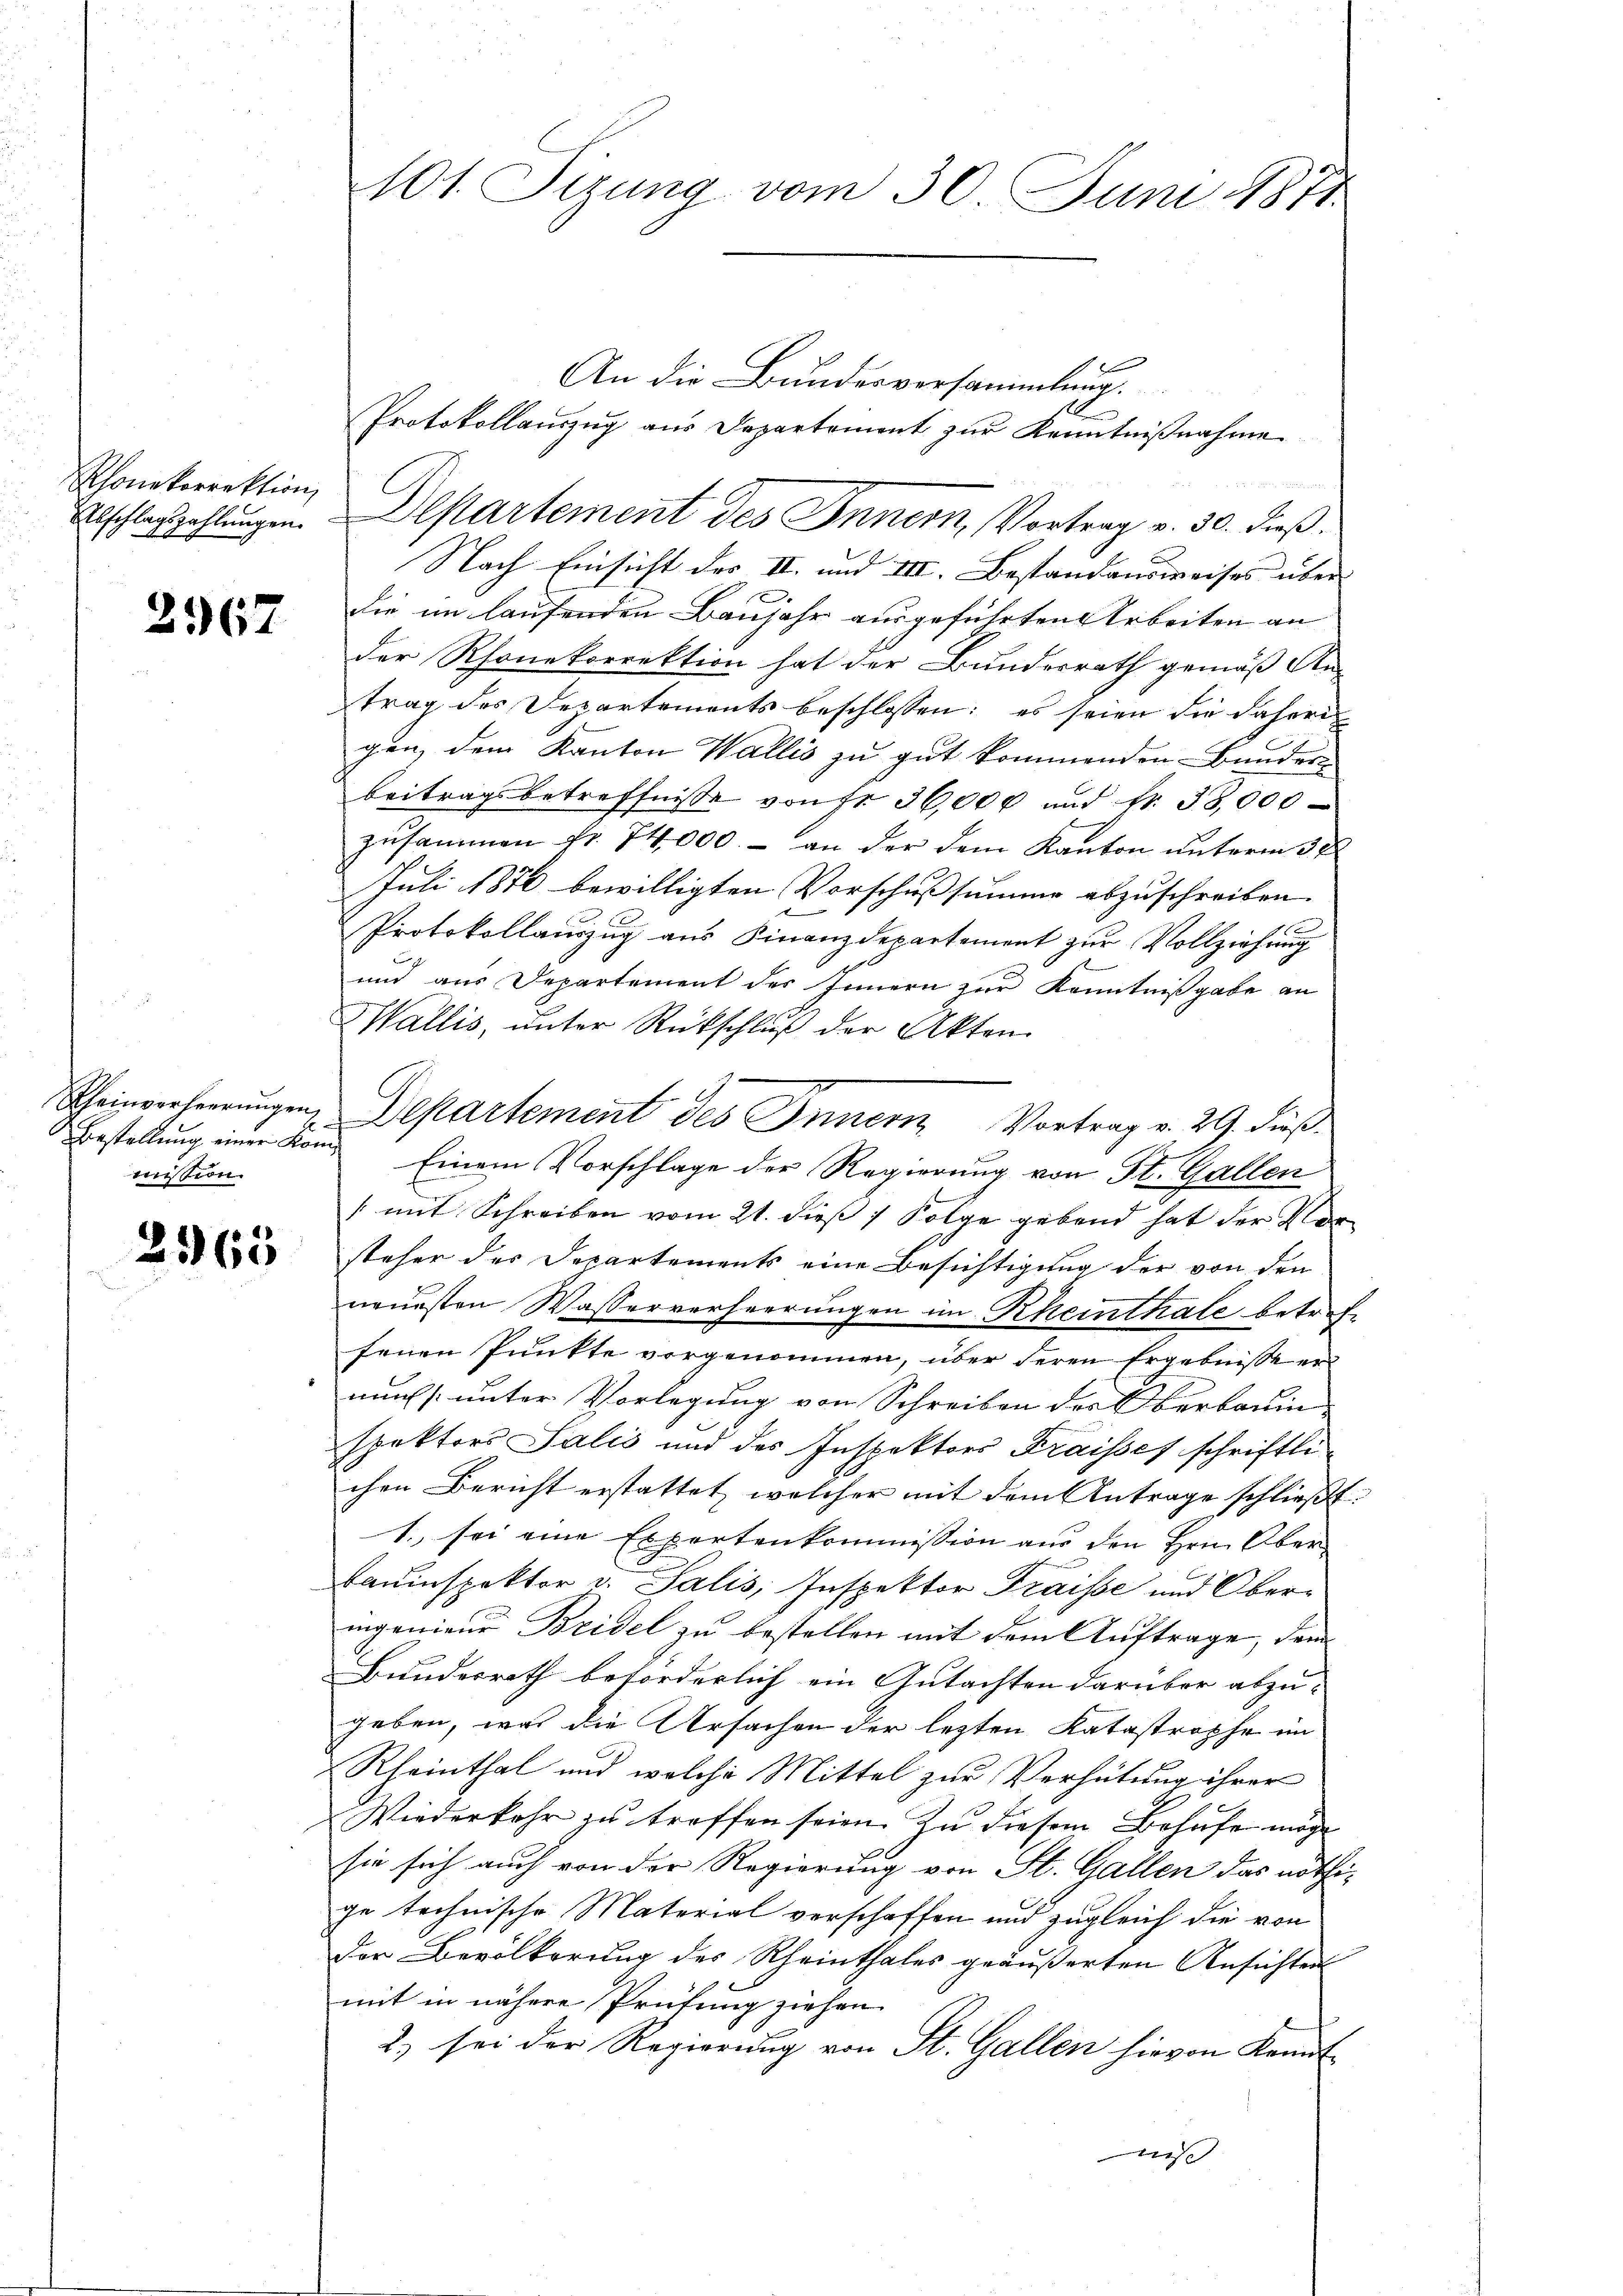
Rhonekorrektion,

2967

Bestellung einer Kommission.

2965

101. Sizung vom 30. Juni 1871

x
An die Bundesversammlung.
2
Protokollauszug aus Departement zur Kenntnißnahme
Abschlagszahlungen. Departement des Innern, Vortrag v. 30. dieß.
Nach Einsicht des II. und III. Bestandausweises über
die im laufenden Baujahr ausgeführten Arbeiten an
der Rhonekorrektion hat der Bundesrath gemäß An-
trag des Departements beschlossen: es seien die daherigen, dem Kanton Wallis zu gut kommenden Bundern
beitragsbetreffnisse von Fr. 36,000 und Nr. 38,000
zusammen fr. 74000.- an der dem Kanton unterm 3 t
Juli 1876 bewilligten Vorschußsumme abzuschreiben.
 x
Protokollauszug aus Finanzdepartement zur Vollziehung
und aus Departement des Innern zur Kenntnißgabe an
Wallis, unter Rückschluß der Akten
Scheinverheerungen, Departement des Innern Vortrag v. 29. dieß
Einem Vorschlage der Regierung von St. Gallen
(mit Schreiben vom 21. dieß 1 Folge gebend hat der Vorsteher des Departements eine Besichtigung der von den
neuesten Wasserverheerungen im Rheinthale betreffenen Punkte vorgenommen, über deren Ergebnisse er
nach [unter Vorlegung von Schreiben des Oberbauin
spektors Salis und des Inspektors Fraisses schriftli
chen Bericht erstattet, welcher mit dem Antrage schließt:
1. sei eine Expertenkommission aus den Hrn. Oberbauinspektor v. Salis, Inspektor Fraisse und Oberingenieur Bridel zu bestellen mit dem Auftrage, dem
Bundesrath beförderlich ein Gutachten darüber abzu- |
geben, was die Ursachen der lezten Katastrophe im
Rheinthal und welche Mittel zur Verhütung ihrer
b
Wiederkehr zu treffen seien. Zu diesem Behufe möge
sie sich auch von der Regierung von St. Gallen das nöthige technische Material verschaffen und zugleich die von
Der Bevölkerung des Rheinthales geäußerten Ansichten
mit in nähere Prüfung ziehen
2) sei der Regierŭng von St. Gallen hievon Kennt
wis